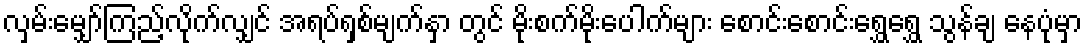
လှမ်းမျှော်ကြည့်လိုက်လျှင် အရပ်ရှစ်မျက်နှာ တွင် မိုးစက်မိုးပေါက်များ စောင်းစောင်းရွှေရွှေ သွန်ချ နေပုံမှာ